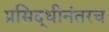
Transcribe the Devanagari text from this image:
प्रसिद्धीनंतरच